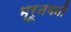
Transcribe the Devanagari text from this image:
भ्रूनमनी